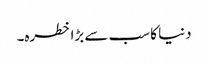
دنیا کا سب سے بڑا خطرہ۔